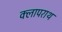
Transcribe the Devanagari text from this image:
क्लापराथ